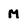
Character: m